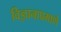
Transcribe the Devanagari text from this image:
विज्ञानाप्रमाणे